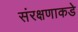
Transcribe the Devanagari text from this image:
संरक्षणाकडे